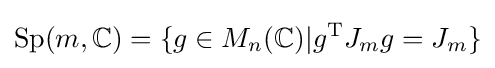
\mathrm {Sp} (m,\mathbb {C} )=\{g\in M_{n}(\mathbb {C} )|g^{\mathrm {T} }J_{m}g=J_{m}\}